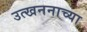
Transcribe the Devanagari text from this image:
उत्खननाच्या